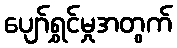
ပျော်ရွှင်မှုအတွက်